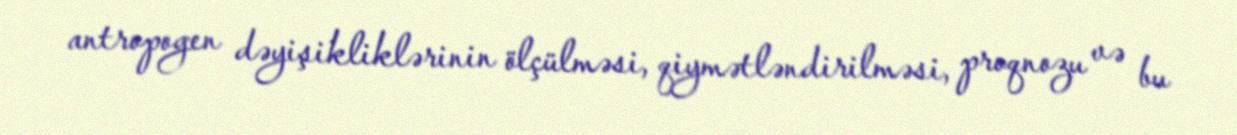
antropogen dəyişikliklərinin ölçülməsi, qiymətləndirilməsi, proqnozu və bu